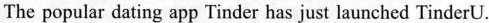
The popular dating app Tinder has just launched TinderU.